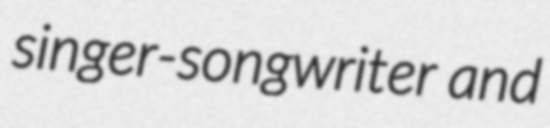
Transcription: singer-songwriter and